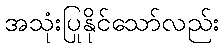
အသုံးပြုနိုင်သော်လည်း